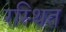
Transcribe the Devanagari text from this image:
रस्थित